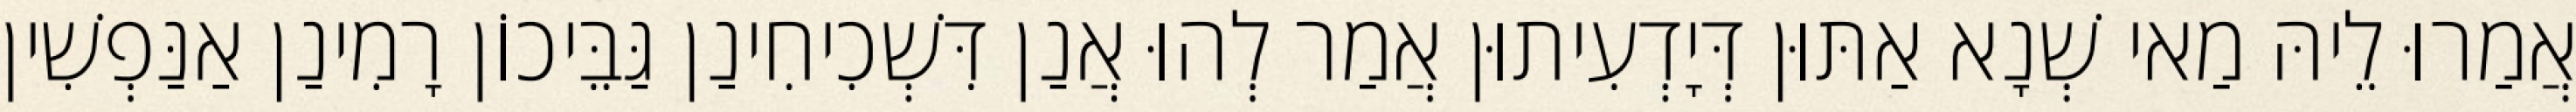
אֲמַרוּ לֵיהּ מַאי שְׁנָא אַתּוּן דְּיָדְעִיתוּן אֲמַר לְהוּ אֲנַן דִּשְׁכִיחִינַן גַּבֵּיכוֹן רָמִינַן אַנַּפְשִׁין